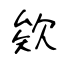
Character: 欸